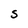
Character: S